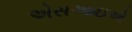
એસઆઇએ